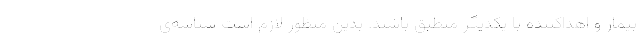
بیمار و اهداکننده با یکدیگر منطبق باشند. بدین منظور لازم است شناسه‌ی